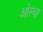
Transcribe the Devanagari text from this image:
ओरवा